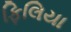
ફિલિયા